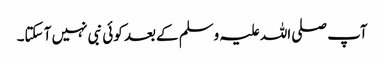
آپ صلی اللہ علیہ وسلم کے بعد کوئی نبی نہیں آ سکتا۔